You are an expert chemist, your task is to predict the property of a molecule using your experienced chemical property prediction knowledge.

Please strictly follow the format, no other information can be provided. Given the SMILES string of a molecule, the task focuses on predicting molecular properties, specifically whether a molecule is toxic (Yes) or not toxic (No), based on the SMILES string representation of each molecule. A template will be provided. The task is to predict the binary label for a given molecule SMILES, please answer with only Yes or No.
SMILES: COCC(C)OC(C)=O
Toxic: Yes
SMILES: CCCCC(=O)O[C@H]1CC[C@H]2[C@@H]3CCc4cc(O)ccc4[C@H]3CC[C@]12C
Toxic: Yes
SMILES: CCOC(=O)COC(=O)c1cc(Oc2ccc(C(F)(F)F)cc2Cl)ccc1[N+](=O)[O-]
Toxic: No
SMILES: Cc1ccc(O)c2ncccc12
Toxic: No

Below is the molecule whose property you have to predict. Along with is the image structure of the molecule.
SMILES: CCCCCCCCCC
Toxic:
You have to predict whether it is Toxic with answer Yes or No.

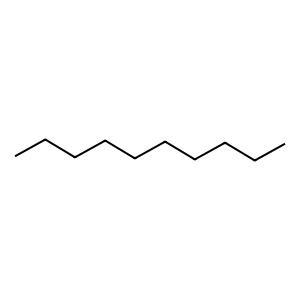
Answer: No